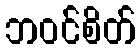
ဘဝင်စိတ်